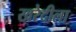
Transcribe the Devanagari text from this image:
खरेदीला